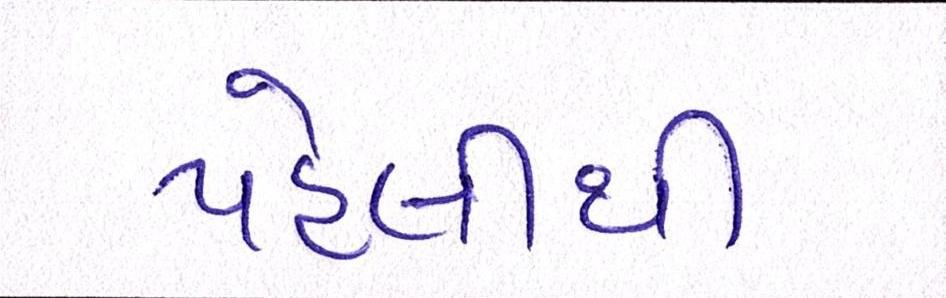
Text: પહેલીથી